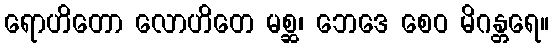
ရောဟိတော လောဟိတေ မစ္ဆ၊ ဘေဒေ စေဝ မိဂန္တရေ။